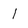
Character: l